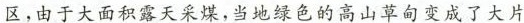
区，由于大面积露天采煤，当地绿色的高山草甸变成了大片